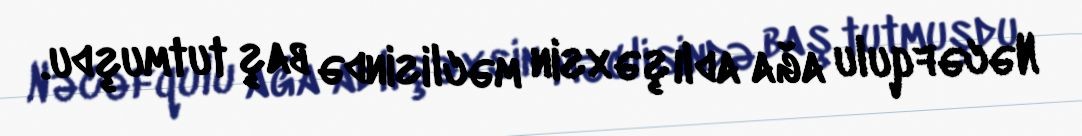
Nəcəfqulu ağa adlı şəxsin məclisində baş tutmuşdu.